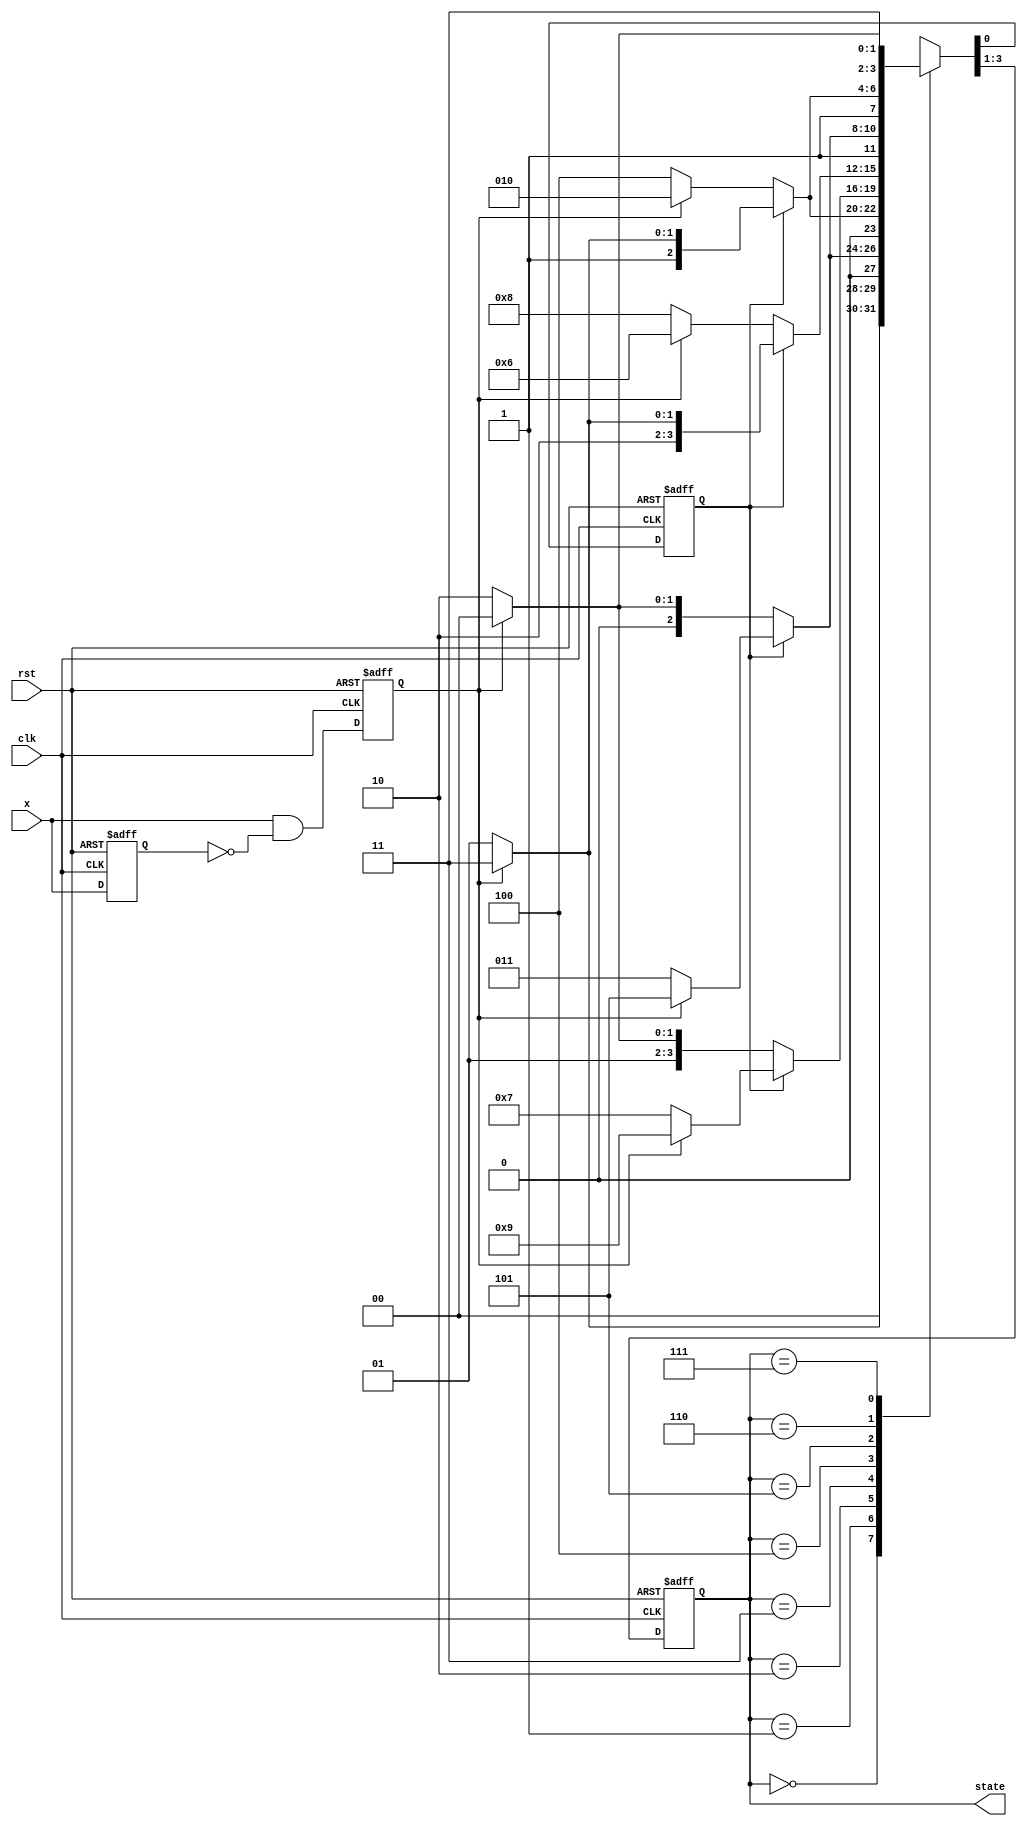
`timescale 1ns / 1ps
module udc_3bit(clk, rst, x, state);

input clk, rst;
input x;
reg x_reg, x_trig, updn;
output reg [2:0] state;

always @(negedge rst or posedge clk) begin
     if(!rst) begin
          {x_reg, x_trig} <= 2'b00;
     end
     else begin
           x_reg <= x;
           x_trig <= x & ~x_reg;
    end
end

always @(negedge rst or posedge clk) begin
      if(!rst) {state, updn} <= 4'b0001;
     
     else begin
        case(state)
            3'b000 : {state, updn} <= updn ? ( x_trig ? 4'b0011 : 4'b0001) : ( x_trig ? 4'b0011 : 4'b0001);
            3'b001 : {state, updn} <= updn ? ( x_trig ? 4'b0101 : 4'b0011) : ( x_trig ? 4'b0000 : 4'b0010);
            3'b010 : {state, updn} <= updn ? ( x_trig ? 4'b0111 : 4'b0101) : ( x_trig ? 4'b0010 : 4'b0100);
            3'b011 : {state, updn} <= updn ? ( x_trig ? 4'b1001 : 4'b0111) : ( x_trig ? 4'b0100 : 4'b0110);
            3'b100 : {state, updn} <= updn ? ( x_trig ? 4'b1011 : 4'b1001) : ( x_trig ? 4'b0110 : 4'b1000);
            3'b101 : {state, updn} <= updn ? ( x_trig ? 4'b1101 : 4'b1011) : ( x_trig ? 4'b1000 : 4'b1010);
            3'b110 : {state, updn} <= updn ? ( x_trig ? 4'b1111 : 4'b1101) : ( x_trig ? 4'b1010 : 4'b1100);
            3'b111 : {state, updn} <= updn ? ( x_trig ? 4'b1100 : 4'b1110) : ( x_trig ? 4'b1100 : 4'b1110);
            
            
       endcase
   end
end

endmodule